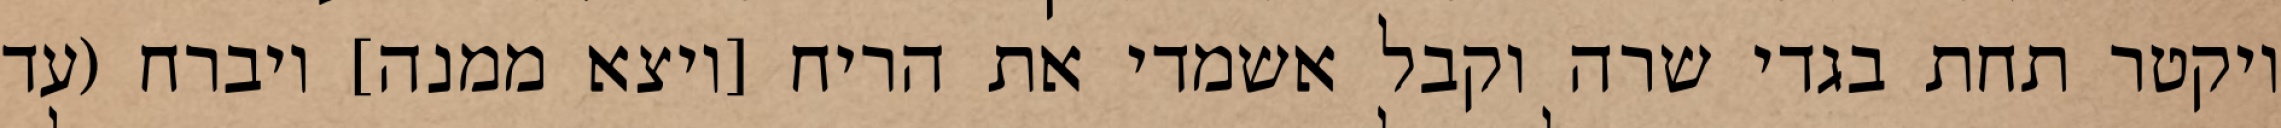
ויקטר תחת בגדי שרה וקבל אשמדי את הריח [ויצא ממנה] ויברח (עד